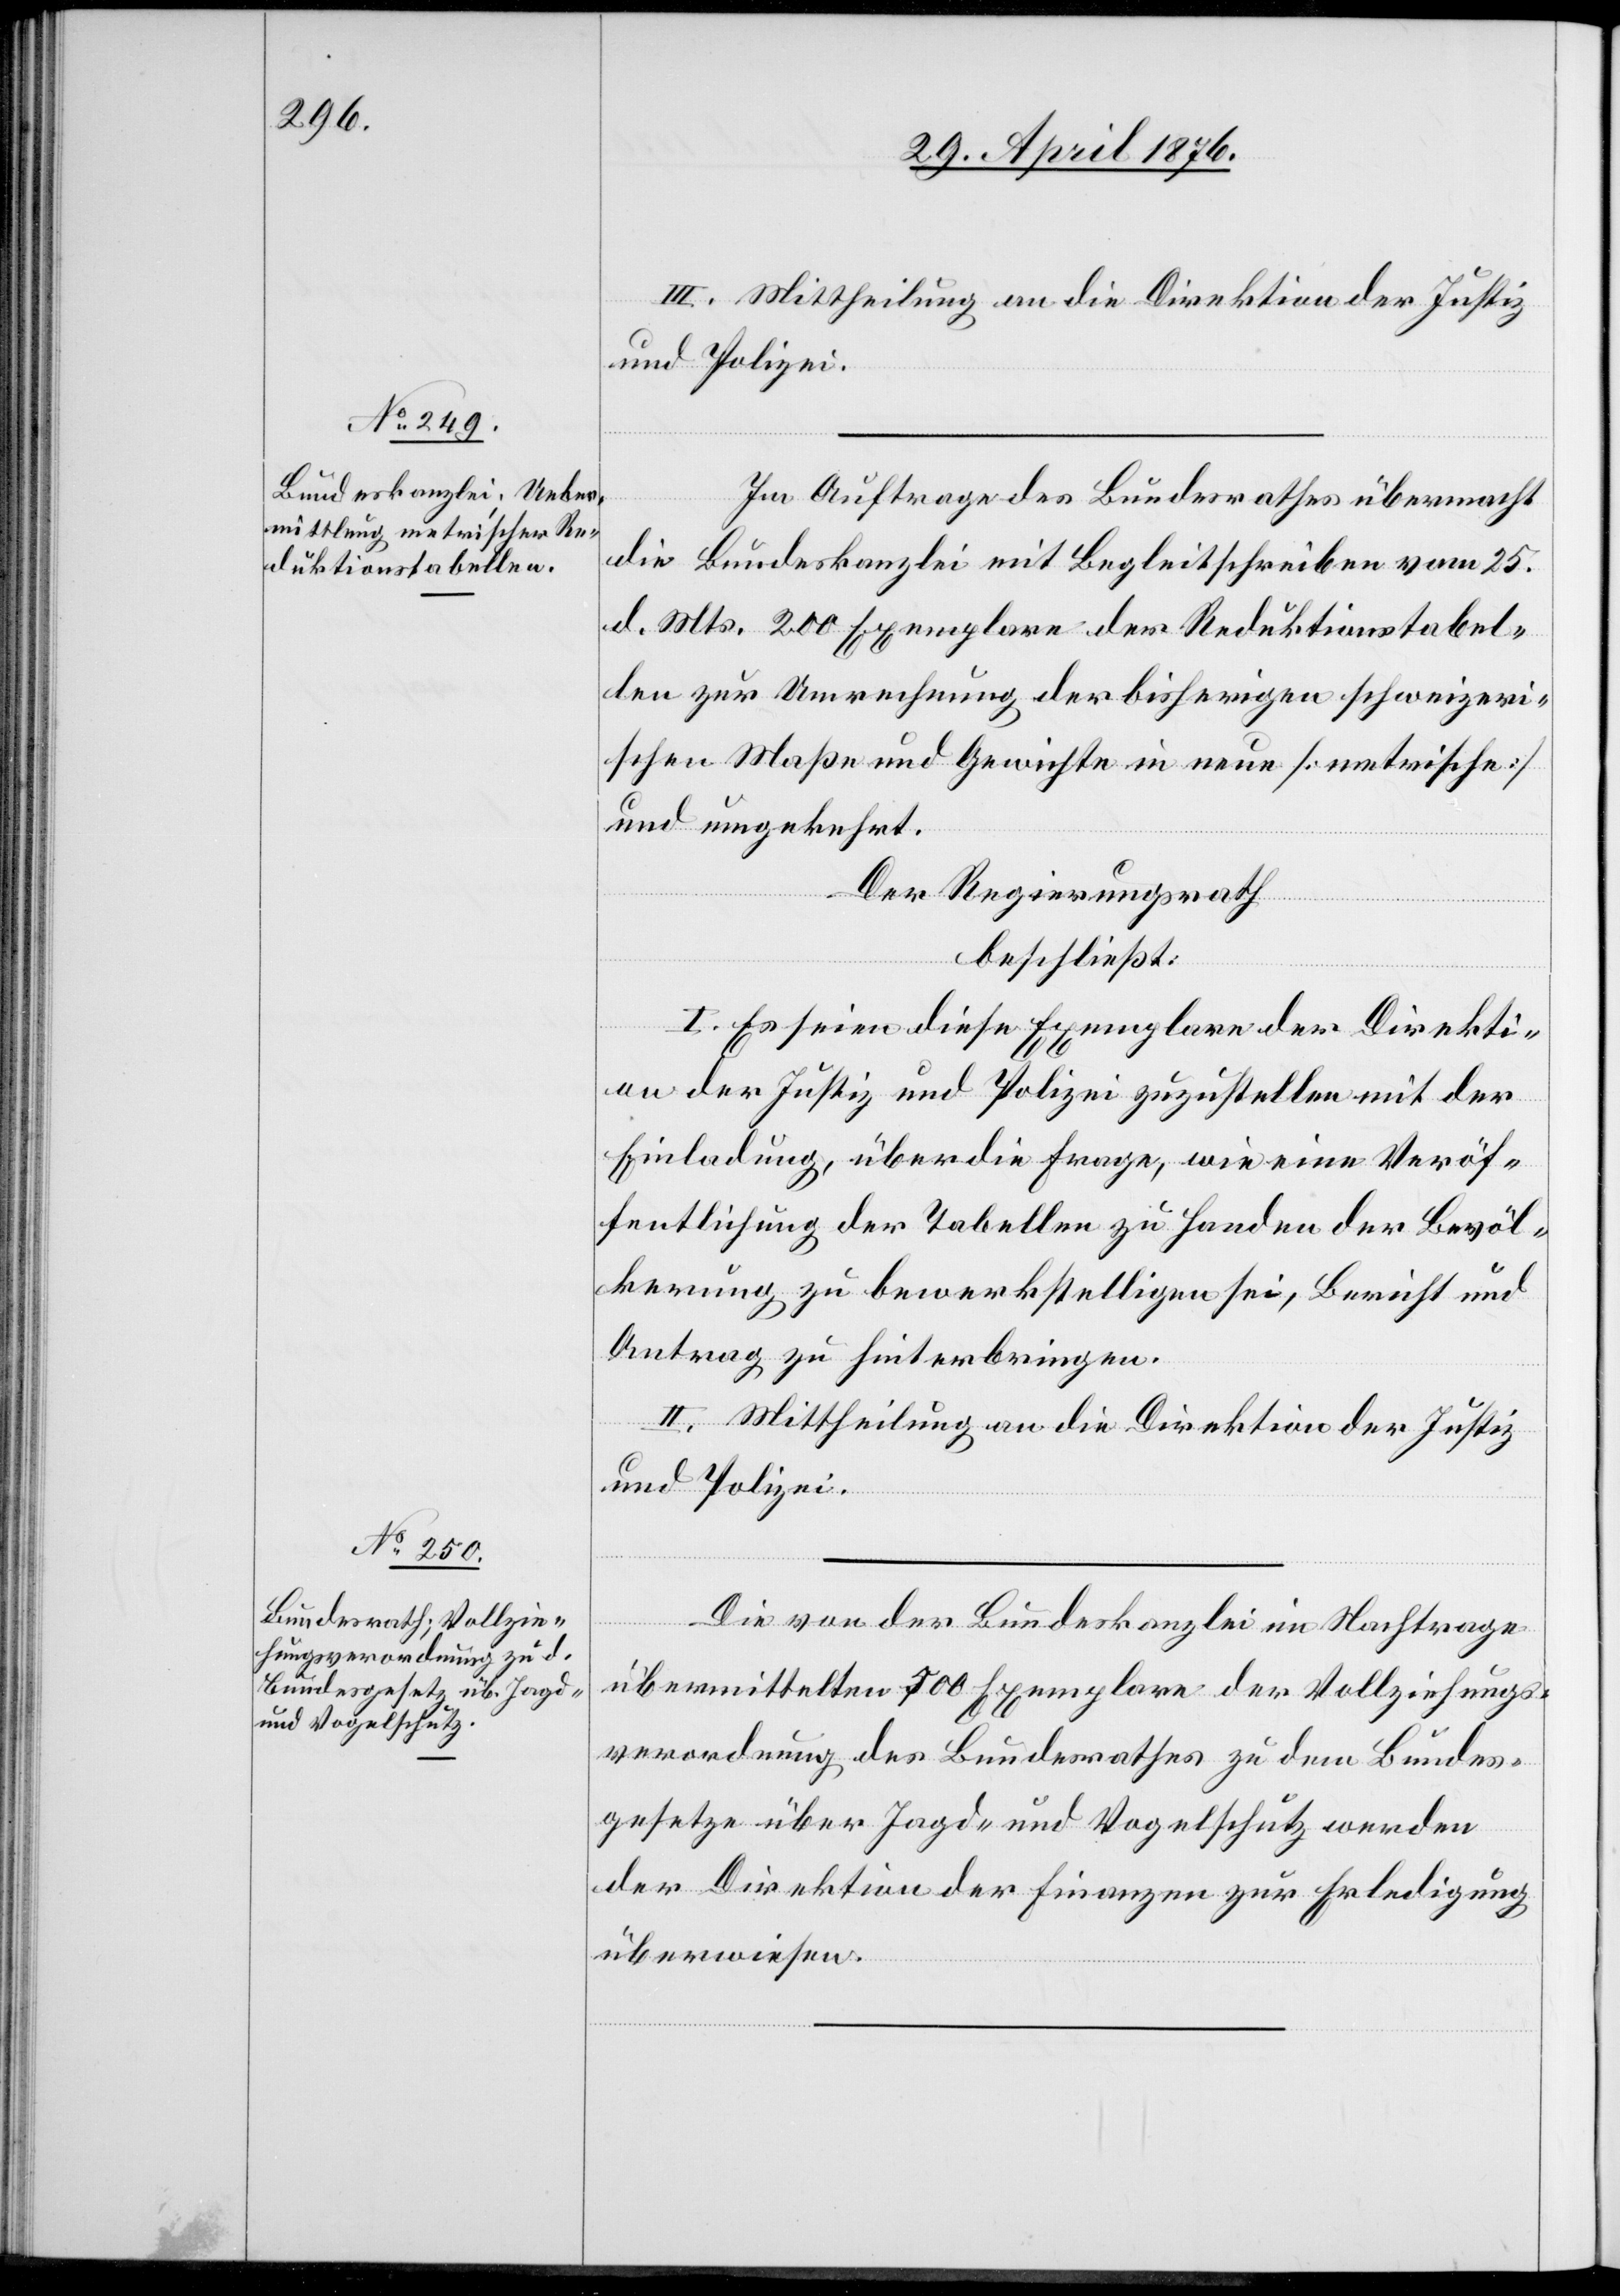
III. Mittheilung an die Direktion der Justiz
und Polizei.
Im Auftrage des Bundesrathes übermacht
die Bundeskanzlei mit Begleitschreiben vom 25.
d. Mts. 200 Exemplare der Reduktionstabel¬
len zur Umrechnung der bisherigen schweizeri¬
schen Maße und Gewichte in neue [metrische]
und umgekehrt.
Der Regierungsrath
beschließt:
I. Es seien diese Exemplare der Direkti¬
on der Justiz und Polizei zuzustellen mit der
Einladung, über die Frage, wie eine Veröf¬
fentlichung der Tabellen zu Handen der Bevöl¬
kerung zu bewerkstelligen sei, Bericht und
Antrag zu hinterbringen.
II. Mittheilung an die Direktion der Justiz
und Polizei.
Die von der Bundeskanzlei im Nachtrage
übermittelten 500 Exemplare der Vollziehungs¬
verordnung des Bundesrathes zu dem Bundes¬
gesetze über Jagd- und Vogelschutz werden
der Direktion der Finanzen zur Erledigung
überwiesen.